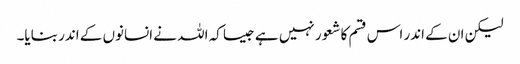
لیکن ان کے اندر اس قسم کا شعور نہیں ہے جیسا کہ اللہ نے انسانوں کے اندر بنایا۔